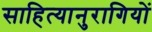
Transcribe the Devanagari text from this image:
साहित्यानुरागियों